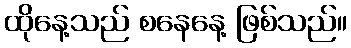
ထိုနေ့သည် စနေနေ့ ဖြစ်သည်။